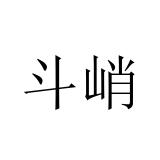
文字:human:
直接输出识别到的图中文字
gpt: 斗峭